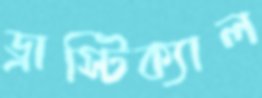
ড্রাস্টিক্যাল